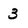
Character: 3